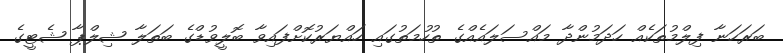
ބަރަހަނާ ފިލްމުތަކެއް ހަދަމުންދާ މައްސަލައެއްގެ ތުހުމަތުގައި ހައްޔަރުކޮށްފައިވާ ބޮލީވުޑްގެ ބަތަލާ ޝިލްޕާ ޝެޓީގެ